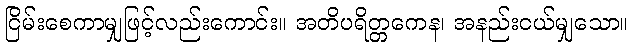
ငြိမ်းစေကာမျှဖြင့်လည်းကောင်း။ အတိပရိတ္တကေန၊ အနည်းငယ်မျှသော။